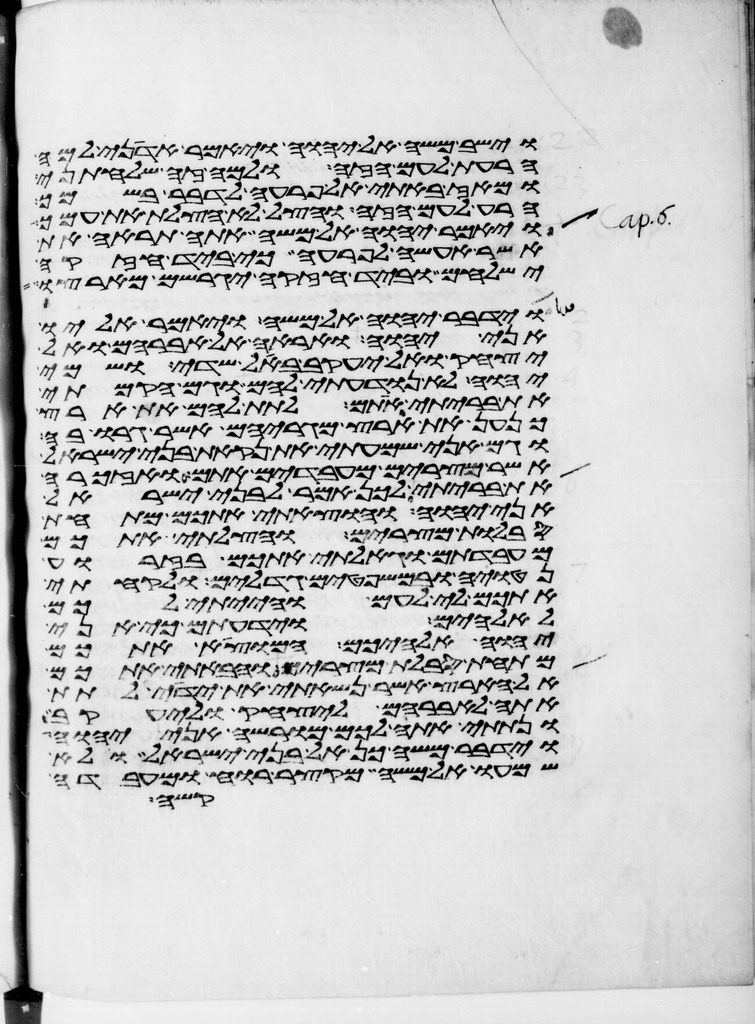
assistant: וישב משה אל יהוה ויאמר אדני למה
הרעת לעם הזה ולמה זה שלחתני
ומאז באתי אל פרעה לדבר בשמך
הרע לעם הזה והצל לא הצלת את עמך
ויאמר יהוה אל משה אתה תראה את
אשר אעשה לפרעה כי ביד חזקה
ישלחם וביד חזקה יגרשם מארצו
וידבר יהוה אל משה ויאמר אליו
אני יהוה ואראה אל אברהם ואל
יצחק ואל יעקב באל שדי ושמי
יהוה לא נודעתי להם וגם הקמתי
את בריתי אתם לתת להם את ארץ
כנען את ארץ מגריהם אשר גרו בה
וגם אני שמעתי את נקאת בני ישראל
אשר מצרים מעבדים אתם ואזכרה
את בריתי לכן אמר לבני ישראל
אני יהוה והוצאתי אתכם מתחת
סבלות מצרים והצלתי אתכם
מעבדתם וגאלתי אתכם בזרוע
נטויה ובמשפטים גדלים ולקחתי
אתכם לי לעם והייתי לכם
לאלהים וידעתם כי אני
יהוה אלהיכם המוצא אתכם
מתחת סבלות מצרים והבאתי אתכם
אל הארץ אשר נשאתי את ידי לתת
אתה לאברהם ליצחק וליעקב
ונתתי אתה לכם מורשה אני יהוה
וידבר משה כן לבני ישראל ולא
שמעו אל משה מקצר רוח ומעבדה
קשה